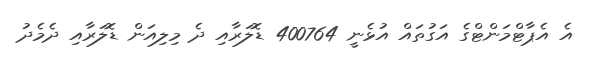
އެ އެޕާޓްމަންޓްގެ އަގުތައް އުޅެނީ 400764 ޑޮލަރާއި ދެ މިލިއަން ޑޮލަރާއި ދެމެދު